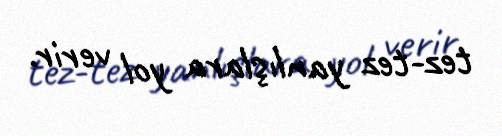
tez-tez yanlışlara yol verir.